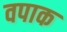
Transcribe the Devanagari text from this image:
वपाक